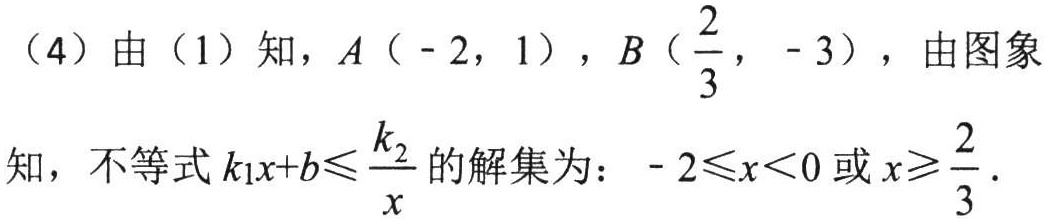
(4) 由 (1) 知，\(A(-2,1)\)，\(B\left(\frac{2}{3},-3\right)\)，由图象
知，不等式\(k_{1}x + b\leqslant\frac{k_{2}}{x}\)的解集为：\(-2\leqslant x\lt0\)或\(x\geqslant\frac{2}{3}\).